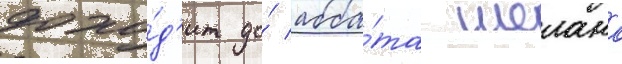
дохо́д'ит до́ абба́та шелана